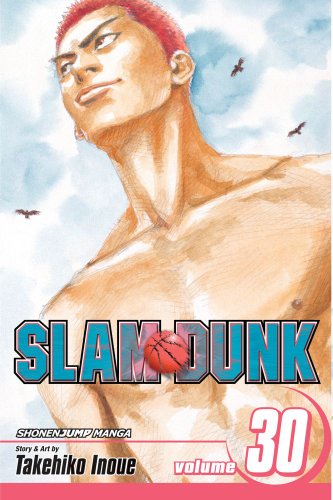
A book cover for Slam Dunk, Vol. 30; Takehiko Inoue; Comics & Graphic Novels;